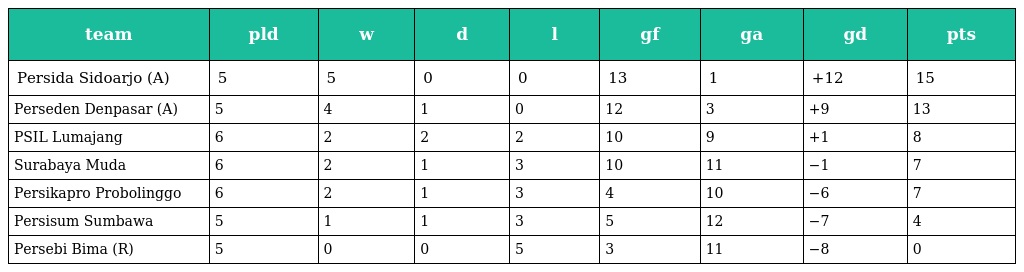
| team | pld | w | d | l | gf | ga | gd | pts |
 | --- | --- | --- | --- | --- | --- | --- | --- | --- |
 | Persida Sidoarjo (A) | 5 | 5 | 0 | 0 | 13 | 1 | +12 | 15 |
 | Perseden Denpasar (A) | 5 | 4 | 1 | 0 | 12 | 3 | +9 | 13 |
 | PSIL Lumajang | 6 | 2 | 2 | 2 | 10 | 9 | +1 | 8 |
 | Surabaya Muda | 6 | 2 | 1 | 3 | 10 | 11 | −1 | 7 |
 | Persikapro Probolinggo | 6 | 2 | 1 | 3 | 4 | 10 | −6 | 7 |
 | Persisum Sumbawa | 5 | 1 | 1 | 3 | 5 | 12 | −7 | 4 |
 | Persebi Bima (R) | 5 | 0 | 0 | 5 | 3 | 11 | −8 | 0 |